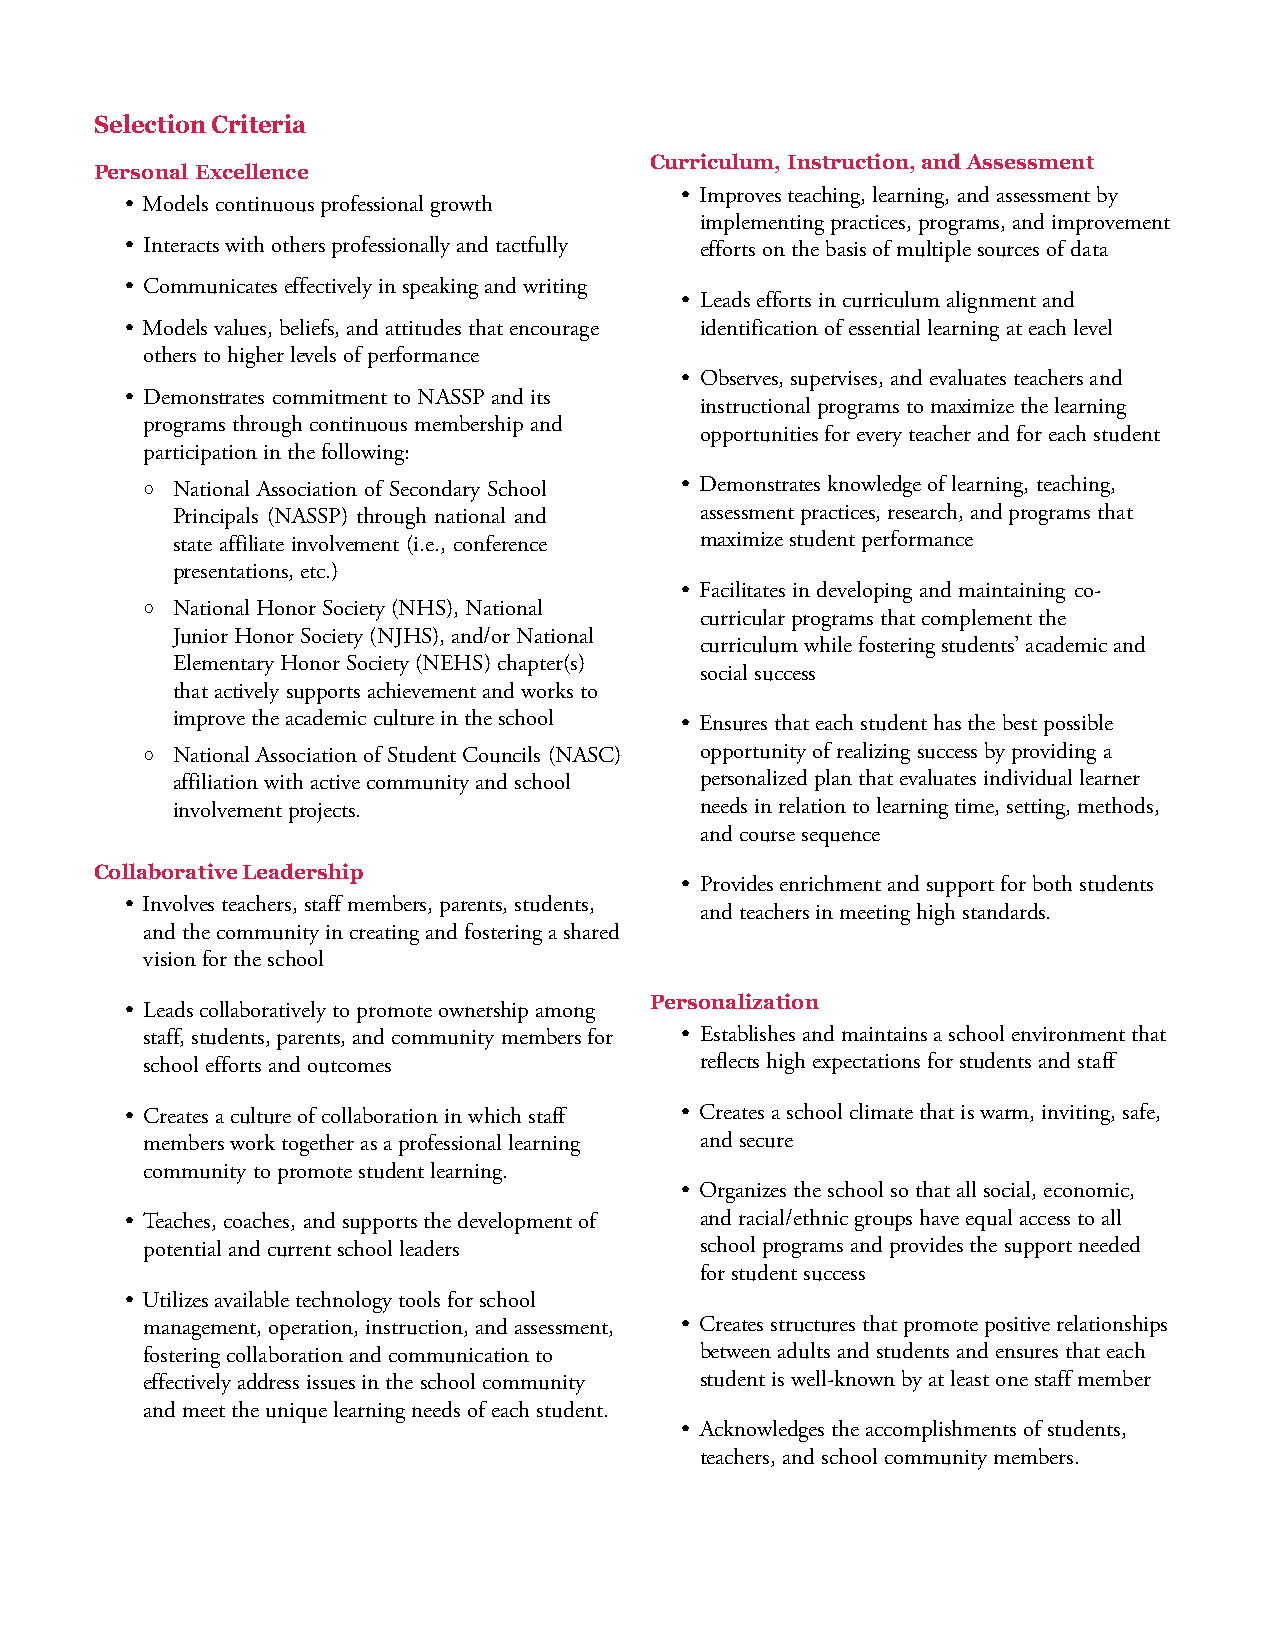
Selection Criteria
 Curriculum, Instruction, and Assessment
 Personal Excellence
 • Improves teaching, learning, and assessment by
 • Models continuous professional growth
 implementing practices, programs, and improvement
 • Interacts with others professionally and tactfully efforts on the basis of multiple sources of data
 • Communicates effectively in speaking and writing
 • Leads efforts in curriculum alignment and
 • Models values, beliefs, and attitudes that encourage identification of essential learning at each level
 others to higher levels of performance
 • Observes, supervises, and evaluates teachers and
 • Demonstrates commitment to NASSP and its
 instructional programs to maximize the learning
 programs through continuous membership and
 opportunities for every teacher and for each student
 participation in the following:
  National Association of Secondary School • Demonstrates knowledge of learning, teaching,
 Principals (NASSP) through national and assessment practices, research, and programs that
 state affiliate involvement (i.e., conference maximize student performance
 presentations, etc.)
 • Facilitates in developing and maintaining co-
  National Honor Society (NHS), National
 curricular programs that complement the
 Junior Honor Society (NJHS), and/or National
 curriculum while fostering students’ academic and
 Elementary Honor Society (NEHS) chapter(s)
 social success
 that actively supports achievement and works to
 improve the academic culture in the school • Ensures that each student has the best possible
  National Association of Student Councils (NASC) opportunity of realizing success by providing a
 affiliation with active community and school personalized plan that evaluates individual learner
 involvement projects.              needs in relation to learning time, setting, methods,
 and course sequence
 Collaborative Leadership
 • Provides enrichment and support for both students
 • Involves teachers, staff members, parents, students,
 and teachers in meeting high standards.
 and the community in creating and fostering a shared
 vision for the school
 Personalization
 • Leads collaboratively to promote ownership among
 staff, students, parents, and community members for • Establishes and maintains a school environment that
 school efforts and outcomes         reflects high expectations for students and staff
 • Creates a culture of collaboration in which staff • Creates a school climate that is warm, inviting, safe,
 members work together as a professional learning and secure
 community to promote student learning.
 • Organizes the school so that all social, economic,
 • Teaches, coaches, and supports the development of and racial/ethnic groups have equal access to all
 potential and current school leaders school programs and provides the support needed
 for student success
 • Utilizes available technology tools for school
 management, operation, instruction, and assessment, • Creates structures that promote positive relationships
 fostering collaboration and communication to between adults and students and ensures that each
 effectively address issues in the school community student is well-known by at least one staff member
 and meet the unique learning needs of each student.
 • Acknowledges the accomplishments of students,
 teachers, and school community members.